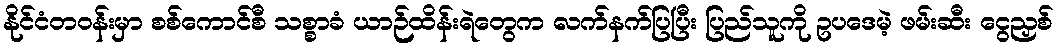
နိုင်ငံတဝန်းမှာ စစ်ကောင်စီ သစ္စာခံ ယာဉ်ထိန်းရဲတွေက လက်နက်ပြပြီး ပြည်သူကို ဥပဒေမဲ့ ဖမ်းဆီး ငွေညှစ်